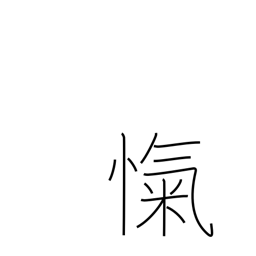
Meaning: breathlessness